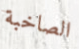
الصاخبة